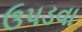
ઉપડવા